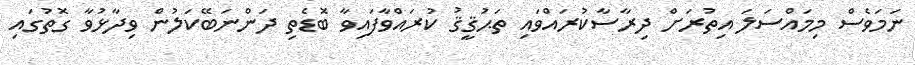
ނަމަވެސް މިމައްސަލަ އިތުރަށް ދިރާސާކުރައްވައި ތަޙުޤީޤު ކުރައްވާފައިވާ ބޮޑެތި ދަންނަބޭކަލުން ވިދާޅުވާ ގޮތުގައި